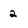
Character: 2